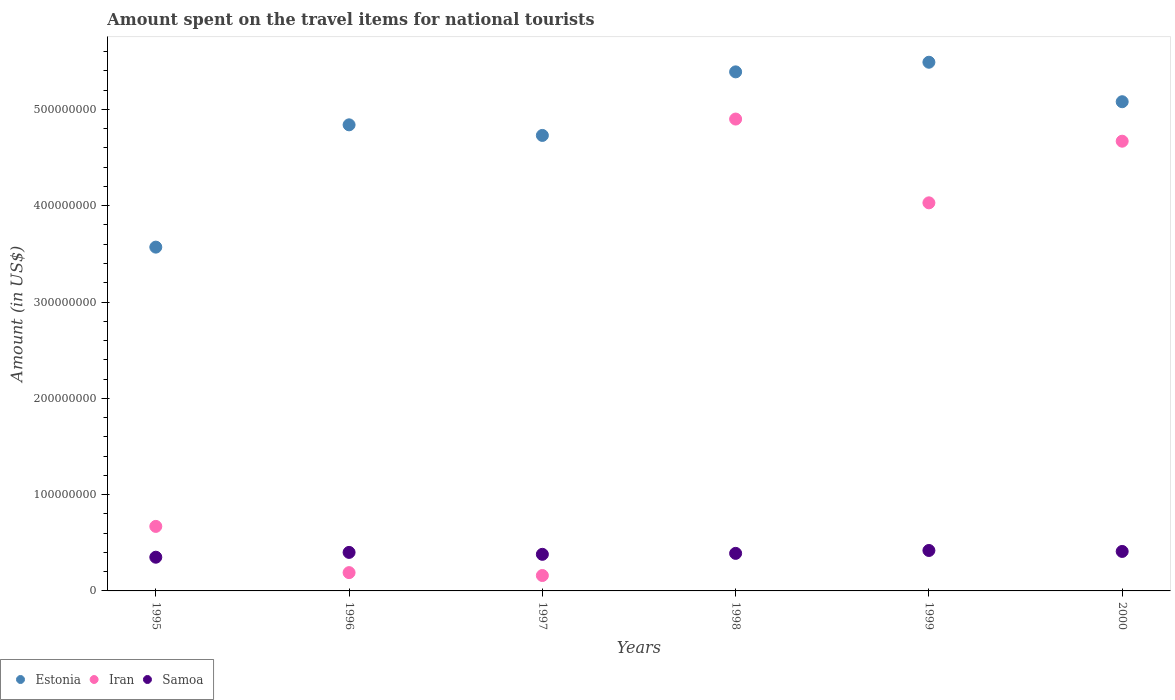
| Years | Estonia | Iran | Samoa |
 | --- | --- | --- | --- |
 | 1995 | 3.57e+08 | 6.7e+07 | 3.5e+07 |
 | 1996 | 4.84e+08 | 1.9e+07 | 4e+07 |
 | 1997 | 4.73e+08 | 1.6e+07 | 3.8e+07 |
 | 1998 | 5.39e+08 | 4.9e+08 | 3.9e+07 |
 | 1999 | 5.49e+08 | 4.03e+08 | 4.2e+07 |
 | 2000 | 5.08e+08 | 4.67e+08 | 4.1e+07 |